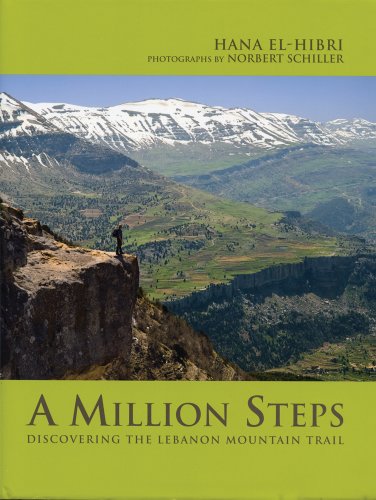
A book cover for A Million Steps: Discovering the Lebanon Mountain Trail; Hana El-hibri; Travel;